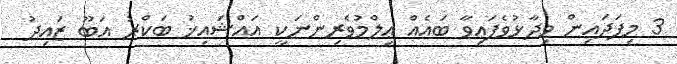
3 މިފަދައިން ވިދާޅުވެފައިވާ ބައެއް ޢިލްމުވެރިންނަކީ އައްޝައިޚު ބަކްރު އަބޫ ޒައިދު